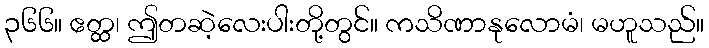
၃၆၆။ ဧတ္ထ၊ ဤတဆဲ့လေးပါးတို့တွင်။ ကသိဏာနုလောမံ၊ မဟူသည်။